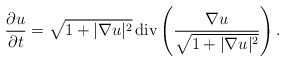
\begin{align*}\frac{\partial u}{\partial t} = \sqrt{1+|\nabla u|^2}\,{\rm div} \left(\dfrac{\nabla u}{\sqrt{1+|\nabla u|^2}}\right) .\end{align*}